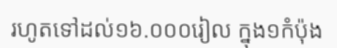
រហូតទៅដល់១៦.០០០រៀល ក្នុង១កំប៉ុង